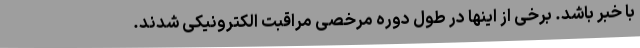
با خبر باشد. برخی از اینها در طول دوره مرخصی مراقبت الکترونیکی شدند.